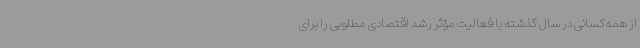
از همه‌کسانی در سال گذشته با فعالیت مؤثر رشد اقتصادی مطلوبی را برای